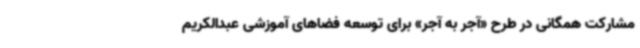
مشارکت همگانی در طرح «آجر به آجر» برای توسعه فضاهای آموزشی عبدالکریم